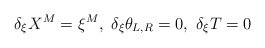
LaTeX: \begin{align*}\delta_{\xi}X^M=\xi^M, \ \delta_{\xi} \theta_{L,R}=0, \ \delta_{\xi}T=0\end{align*}